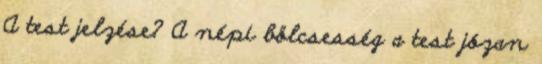
A test jelzése? A népi bölcsesség a test józan